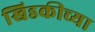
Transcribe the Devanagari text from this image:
खिडकीच्या